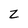
Character: z